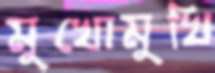
মুখোমুখি